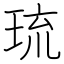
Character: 琉